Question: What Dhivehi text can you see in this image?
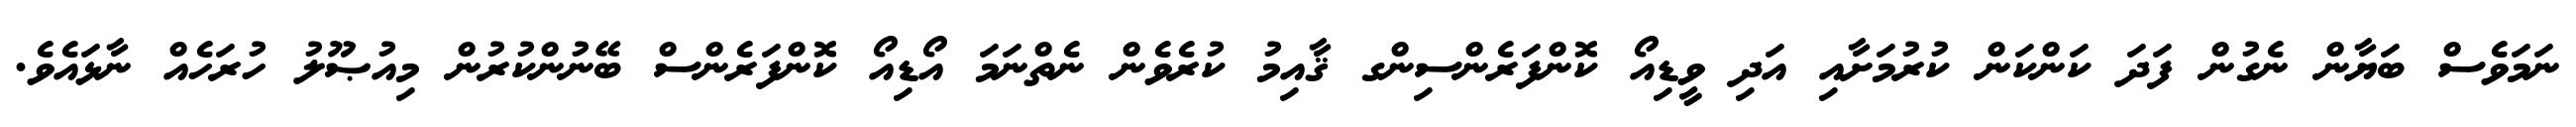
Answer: ނަމަވެސް ބަޔާން ނެގުން ފަދަ ކަންކަން ކުރުމަށާއި އަދި ވީޑިއޯ ކޮންފަރެންސިންގ ޤާއިމު ކުރެވެން ނެތްނަމަ އޯޑިއޯ ކޮންފަރެންސް ބޭނުންކުރުން މިއުޞޫލު ހުރަހެއް ނާޅައެވެ.